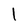
Character: 1